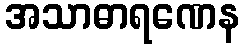
အသာဓာရဏေန